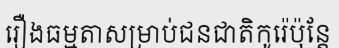
រឿងធម្មតាសម្រាប់ជនជាតិកូរ៉េប៉ុន្តែ